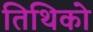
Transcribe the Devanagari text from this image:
तिथिको